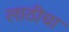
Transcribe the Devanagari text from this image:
लाठीचा